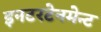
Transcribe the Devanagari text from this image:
इनटरटेनमेन्ट